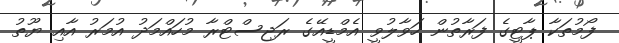
ފޯމުތަކާ ޕާޓީގެ ފަރާތުން ހަވާލުވީ އެމްޑީއޭގެ ރަޖިސްޓްރާ މުހައްމަދު އުމަރު އާއި ޔޫތު